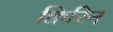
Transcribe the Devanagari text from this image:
क्विरिन